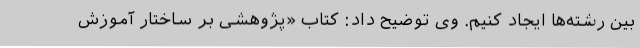
بین رشته‌ها ایجاد کنیم. وی توضیح داد: کتاب «پژوهشی بر ساختار آموزش